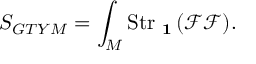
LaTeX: \displaystyle { S _ { G T Y M } = \int _ { M } \mathrm { S t r } _ { \mathrm { \bf ~ 1 } } \left( \mathcal { F } \mathcal { F } \right) } .